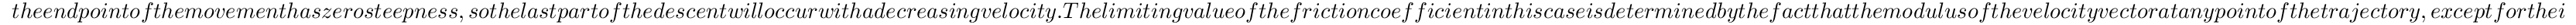
t h e e n d p o i n t o f t h e m o v e m e n t h a s z e r o s t e e p n e s s , s o t h e l a s t p a r t o f t h e d e s c e n t w i l l o c c u r w i t h a d e c r e a s i n g v e l o c i t y . T h e l i m i t i n g v a l u e o f t h e f r i c t i o n c o e f f i c i e n t i n t h i s c a s e i s d e t e r m i n e d b y t h e f a c t t h a t t h e m o d u l u s o f t h e v e l o c i t y v e c t o r a t a n y p o i n t o f t h e t r a j e c t o r y , e x c e p t f o r t h e i n i t i a l o n e , s h o u l d n o t b e e q u a l t o z e r o . C a l c u l a t i o n s s h o w t h a t t h i s i s p o s s i b l e f o r